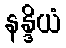
နန္ဒိယံ